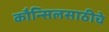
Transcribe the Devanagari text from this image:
कौन्सिलसाठीचे